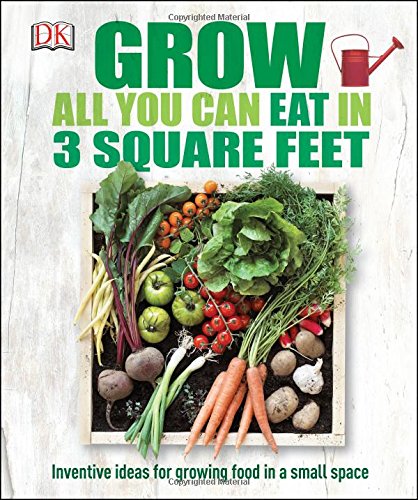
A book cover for Grow All You Can Eat in Three Square Feet; DK; Crafts, Hobbies & Home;